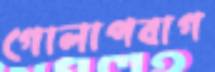
গোলাপবাগ